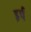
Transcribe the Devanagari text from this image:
इर्प